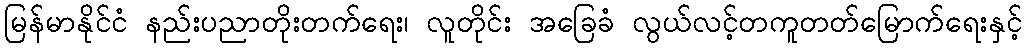
မြန်မာနိုင်ငံ နည်းပညာတိုးတက်ရေး၊ လူတိုင်း အခြေခံ လွယ်လင့်တကူတတ်မြောက်ရေးနှင့်